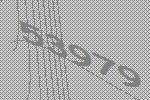
53979